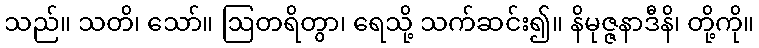
သည်။ သတိ၊ သော်။ ဩတရိတွာ၊ ရေသို့ သက်ဆင်း၍။ နိမုဇ္ဇနာဒီနိ၊ တို့ကို။